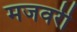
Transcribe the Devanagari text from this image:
मजवरी